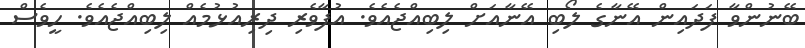
ބޭނުންވާ ފަދައިން އޭނާގެ ލޯބި އޭނާއަށް ލިބިއްޖެއެވެ. އުފާވެރި ދިރިއުޅުމެއް ލިބިއްޖެއެވެ. ހީވެސް